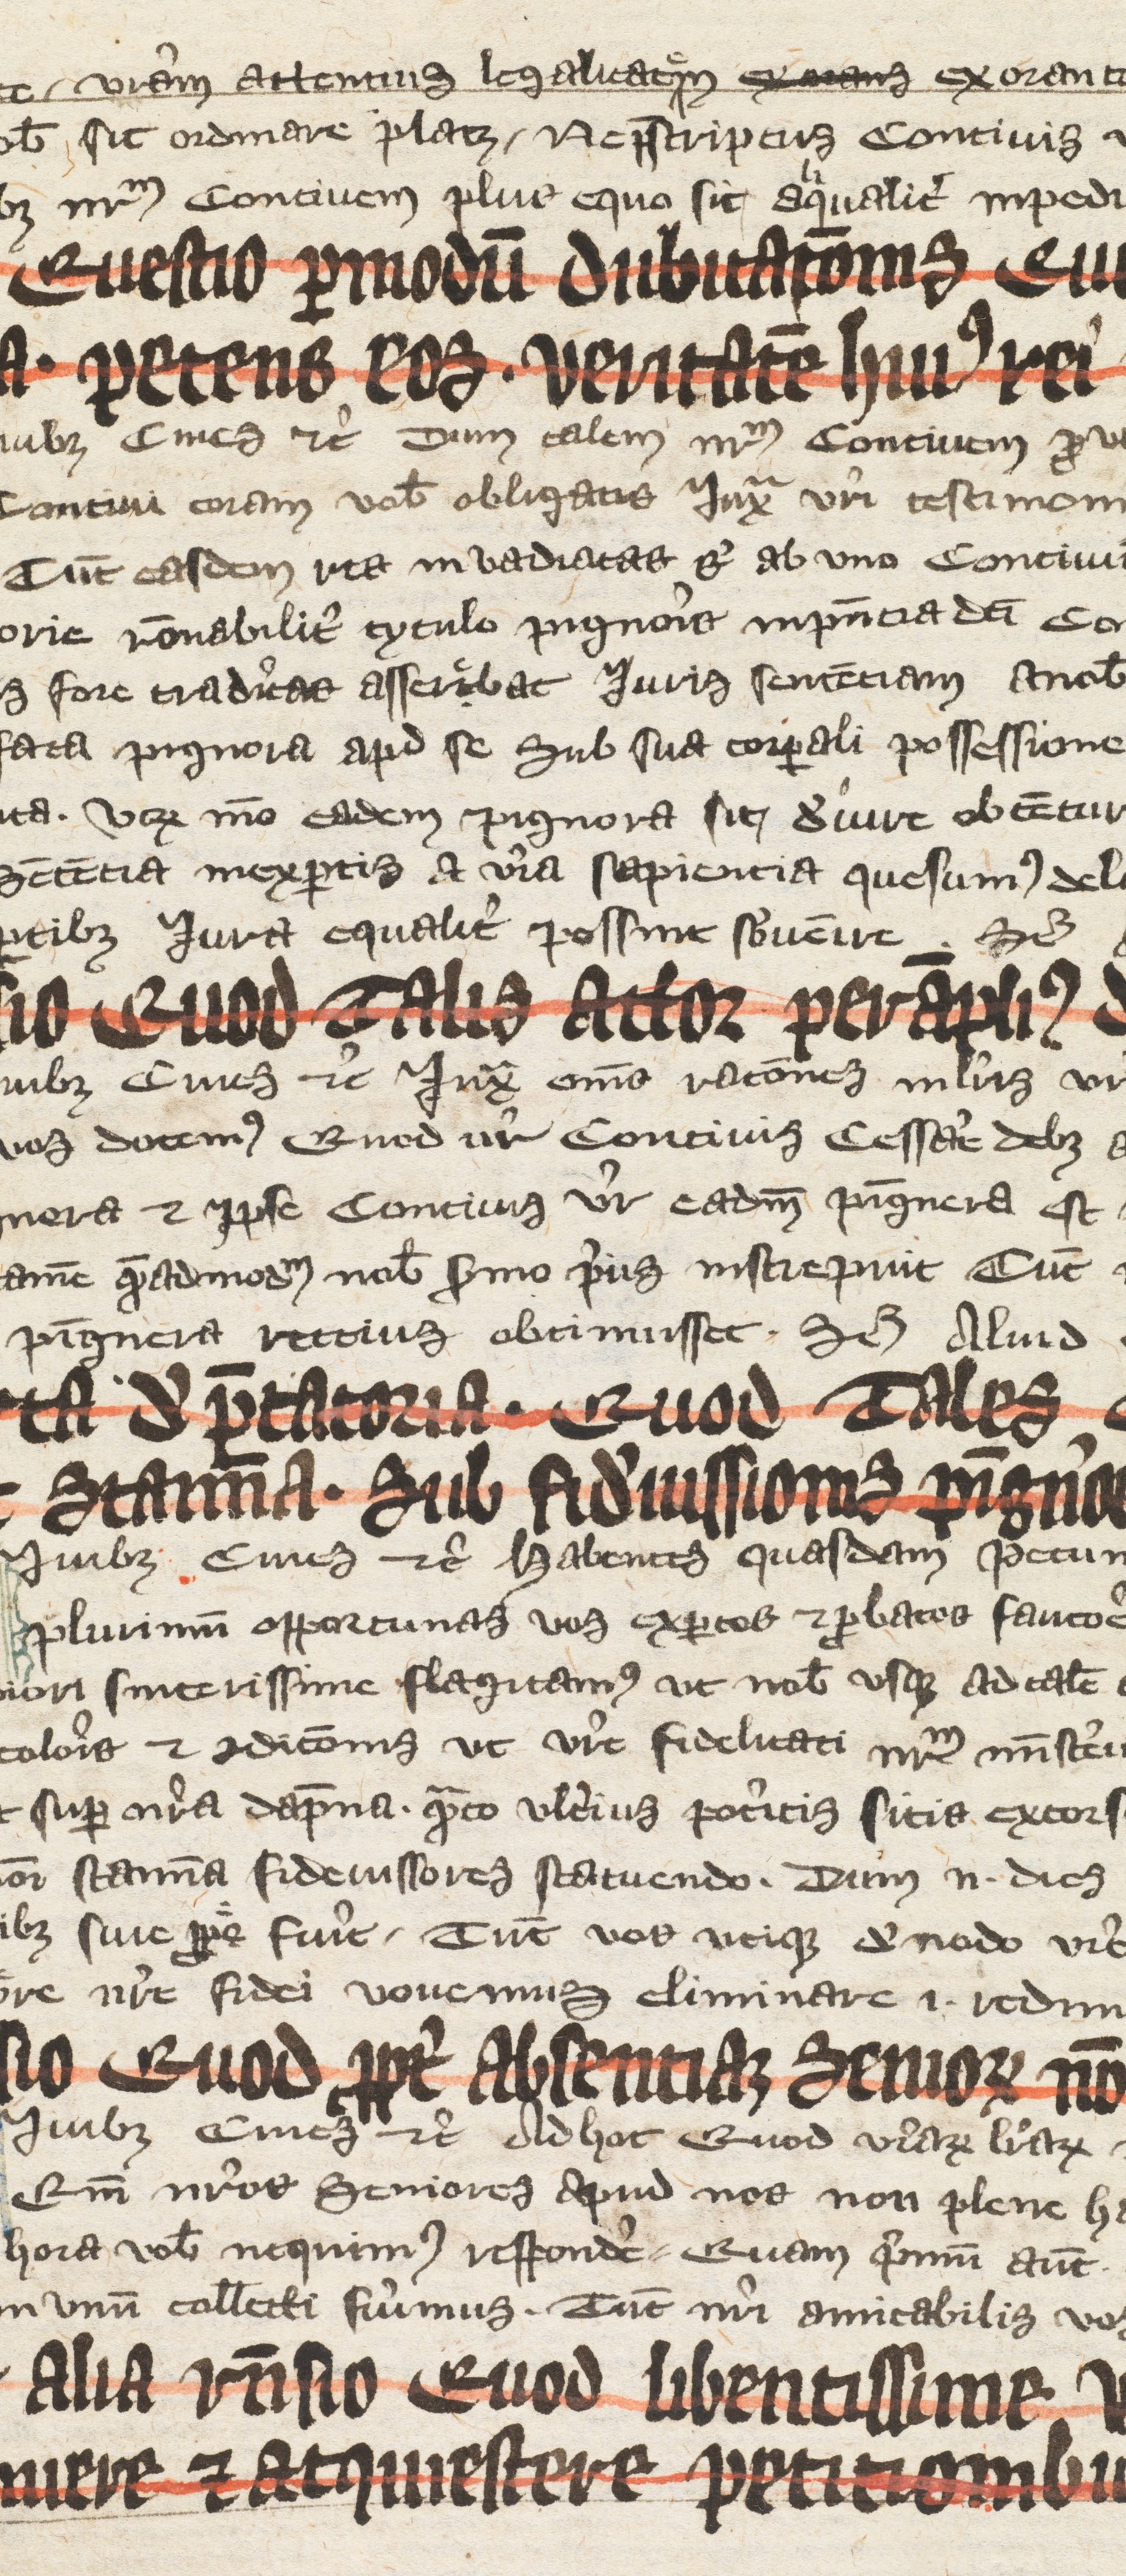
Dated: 1350–1399